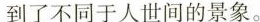
到了不同于人世间的景象。